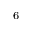
_ 6